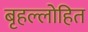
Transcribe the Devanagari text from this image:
बृहल्लोहित